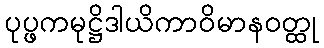
ပုပ္ဖကမုဋ္ဌိဒါယိကာဝိမာနဝတ္ထု